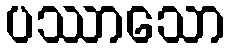
ပဿာသော